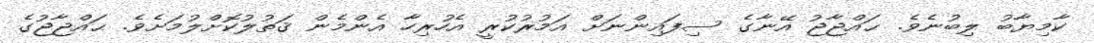
ކާމިޔާބު ލިބުނެވެ. ޙައްޖާޖު އޭނާގެ ސިފައިންނަށް އަމުރުކުރީ އެހުރިހާ އެންމެން ޤަތުލުކޮށްލުމަށެވެ. ޙައްޖާޖުގެ